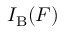
I _ { \mathrm { B } } ( F )